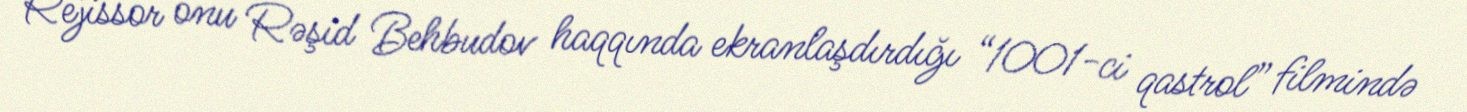
Rejissor onu Rəşid Behbudov haqqında ekranlaşdırdığı “1001-ci qastrol” filmində